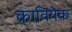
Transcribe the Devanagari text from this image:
क्रावियेक